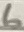
Text: 6